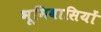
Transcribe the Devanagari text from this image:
भूमिवासियों